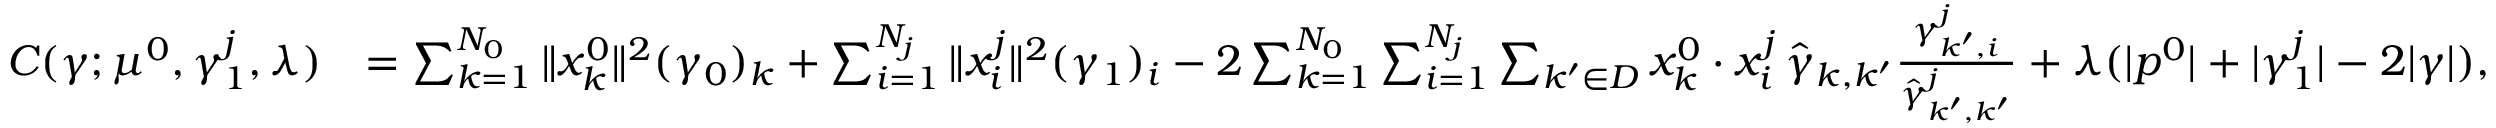
\begin{array} { r l } { C ( \gamma ; \mu ^ { 0 } , \gamma _ { 1 } ^ { j } , \lambda ) } & { = \sum _ { k = 1 } ^ { N _ { 0 } } \| x _ { k } ^ { 0 } \| ^ { 2 } ( \gamma _ { 0 } ) _ { k } + \sum _ { i = 1 } ^ { N _ { j } } \| x _ { i } ^ { j } \| ^ { 2 } ( \gamma _ { 1 } ) _ { i } - 2 \sum _ { k = 1 } ^ { N _ { 0 } } \sum _ { i = 1 } ^ { N _ { j } } \sum _ { k ^ { \prime } \in D } x _ { k } ^ { 0 } \cdot x _ { i } ^ { j } \, \hat { \gamma } _ { k , k ^ { \prime } } \frac { \gamma _ { k ^ { \prime } , i } ^ { j } } { \hat { \gamma } _ { k ^ { \prime } , k ^ { \prime } } ^ { j } } + \lambda ( | p ^ { 0 } | + | \gamma _ { 1 } ^ { j } | - 2 | \gamma | ) , } \end{array}